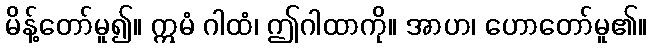
မိန့်တော်မူ၍။ ဣမံ ဂါထံ၊ ဤဂါထာကို။ အာဟ၊ ဟောတော်မူ၏။